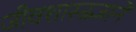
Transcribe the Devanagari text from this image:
जीवशास्त्रज्ञाने